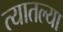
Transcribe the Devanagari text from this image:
त्‍यातल्‍या